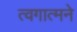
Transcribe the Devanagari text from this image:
त्वगात्मने